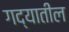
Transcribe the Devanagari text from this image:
गद्यातील